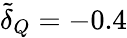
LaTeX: \tilde{\delta}_{Q}=-0.4